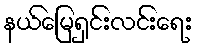
နယ်မြေရှင်းလင်းရေး